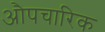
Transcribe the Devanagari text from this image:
अाैपचारिक